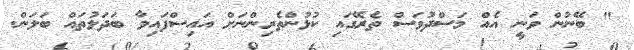
" ބޭނުން ވަނީ އެއް މަސްދުވަސް ތެރޭގައި ކުޅުންތެރިންނަށް އައިސްފައިވާ ބަދަލުތައް ބަލަން.